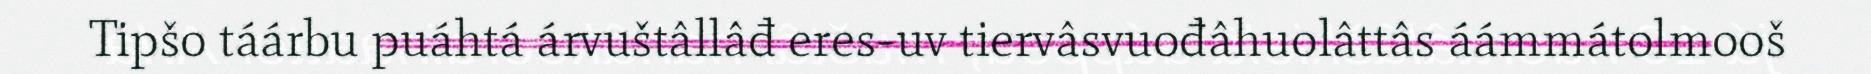
Tipšo táárbu puáhtá árvuštâllâđ eres-uv tiervâsvuođâhuolâttâs áámmátolmooš